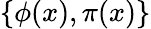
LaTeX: \{ \phi(x),\pi(x)\}